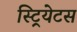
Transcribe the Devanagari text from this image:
स्ट्रियेटस